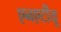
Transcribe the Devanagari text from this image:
एनएटीयू